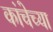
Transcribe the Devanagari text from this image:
कांचेच्या